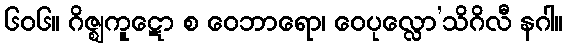
၆၀၆။ ဂိဇ္ဈကူဋော စ ဝေဘာရော၊ ဝေပုလ္လော’သိဂိလီ နဂါ။